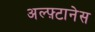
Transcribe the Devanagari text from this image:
अल्फ़्टानेस